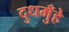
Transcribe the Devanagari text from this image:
दुधमुँहे